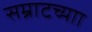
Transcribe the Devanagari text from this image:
सम्राटच्याा